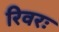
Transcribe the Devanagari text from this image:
रिवरः